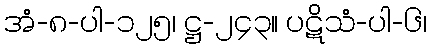
အံ-၈-ပါ-၁၂၅၊ ဋ္ဌ-၂၄၃။ ပဋိသံ-ပါ-၆၊